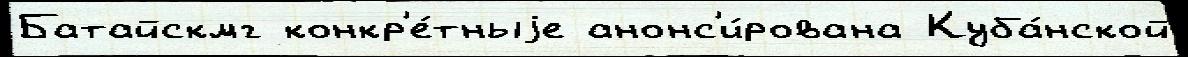
Батайскмг конкр'е́тныjе анонс'и́рована Куба́нской